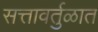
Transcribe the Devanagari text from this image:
सत्तावर्तुळात